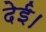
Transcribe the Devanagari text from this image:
देई।